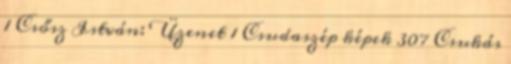
1 Csősz István: Üzenet 1 Csudaszép képek 307 Csukás